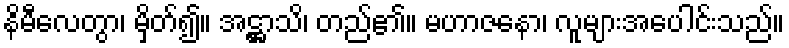
နိမီလေတွာ၊ မှိတ်၍။ အဋ္ဌာသိ၊ တည်၏။ မဟာဇနော၊ လူများအပေါင်းသည်။